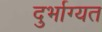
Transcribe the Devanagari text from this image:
दुर्भाग्यत